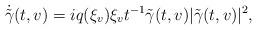
LaTeX: \begin{align*} \dot{\tilde{\gamma}}(t,v)&=iq(\xi_v)\xi_vt^{-1}\tilde{\gamma}(t,v)|\tilde{\gamma}(t,v)|^2,\end{align*}